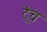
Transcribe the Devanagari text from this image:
ट्रेच